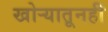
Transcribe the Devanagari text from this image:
खोर्‍यातूनही